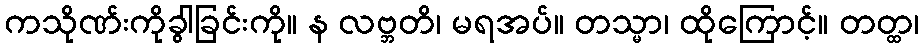
ကသိုဏ်းကိုခွါခြင်းကို။ န လဗ္ဘတိ၊ မရအပ်။ တသ္မာ၊ ထိုကြောင့်။ တတ္ထ၊